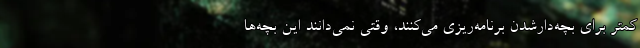
کمتر برای بچه‌دارشدن برنامه‌ریزی می‌کنند، وقتی نمی‌دانند این بچه‌ها